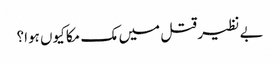
بے نظیر قتل میں مک مکا کیوں ہوا؟